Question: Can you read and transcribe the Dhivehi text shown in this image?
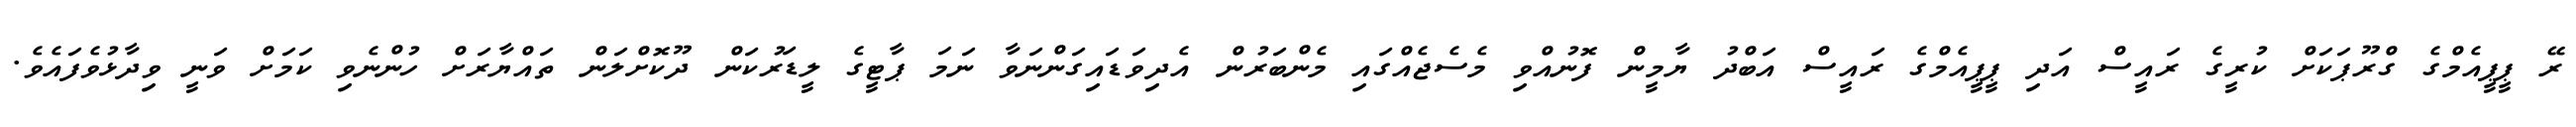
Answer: ރޭ ޕީޕީއެމްގެ ގްރޫޕަކަށް ކުރީގެ ރައީސް އަދި ޕީޕީއެމްގެ ރައީސް އަބްދު ޔާމީން ފޮނުއްވި މެސެޖެއްގައި މެންބަރުން އެދިވަޑައިގަންނަވާ ނަމަ ޕާޓީގެ ލީޑަރުކަން ދޫކޮށްލަން ތައްޔާރަށް ހުންނެވި ކަމަށް ވަނީ ވިދާޅުވެފައެވެ.